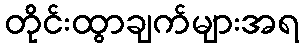
တိုင်းထွာချက်များအရ